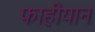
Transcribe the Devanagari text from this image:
फाहीयान